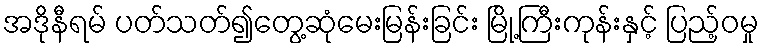
အဒိုနီရမ် ပတ်သတ်၍တွေ့ဆုံမေးမြန်းခြင်း မြို့ကြီးကုန်းနှင့် ပြည့်ဝမှု